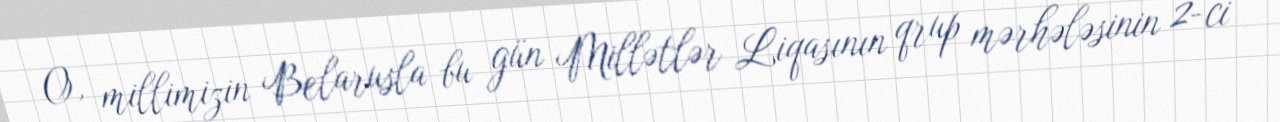
O, millimizin Belarusla bu gün Millətlər Liqasının qrup mərhələsinin 2-ci